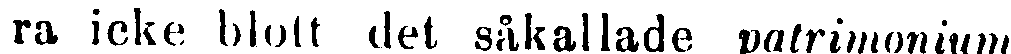
ra icke blott det såkallade patrimonium